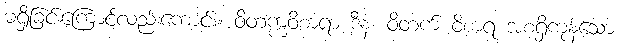
မရှိခြင်းကြောင့်လည်းကောင်း။ ဝိတက္ကဝိစာရာ ဒီနံ၊ ဝိတက် ဝိစာရ အစရှိကုန်သော